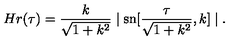
H r ( \tau ) = \frac { k } { \sqrt { 1 + k ^ { 2 } } } \mid \mathrm { s n } [ \frac { \tau } { \sqrt { 1 + k ^ { 2 } } } , k ] \mid .